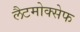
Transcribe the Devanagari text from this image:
लैटमोक्सेफ